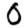
Digit: 0